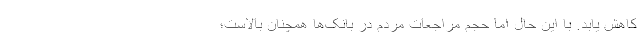
کاهش یابد. با این حال اما حجم مراجعات مردم در بانک‌ها همچنان بالاست؛